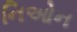
નિઓન